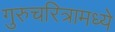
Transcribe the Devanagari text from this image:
गुरुचरित्रामध्ये